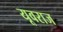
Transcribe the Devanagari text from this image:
यूवराज